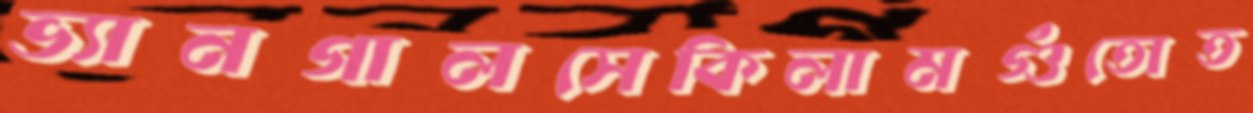
ভ্যানগালসেকিলামগুঁতোত